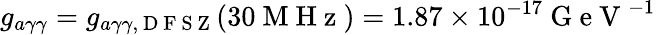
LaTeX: g_{a\gamma\gamma}=g_{a\gamma\gamma,\mathrm{~D~F~S~Z~}}(30\mathrm{~M~H~z~})=1.87\times 10^{-17}\mathrm{~G~e~V~}^{-1}